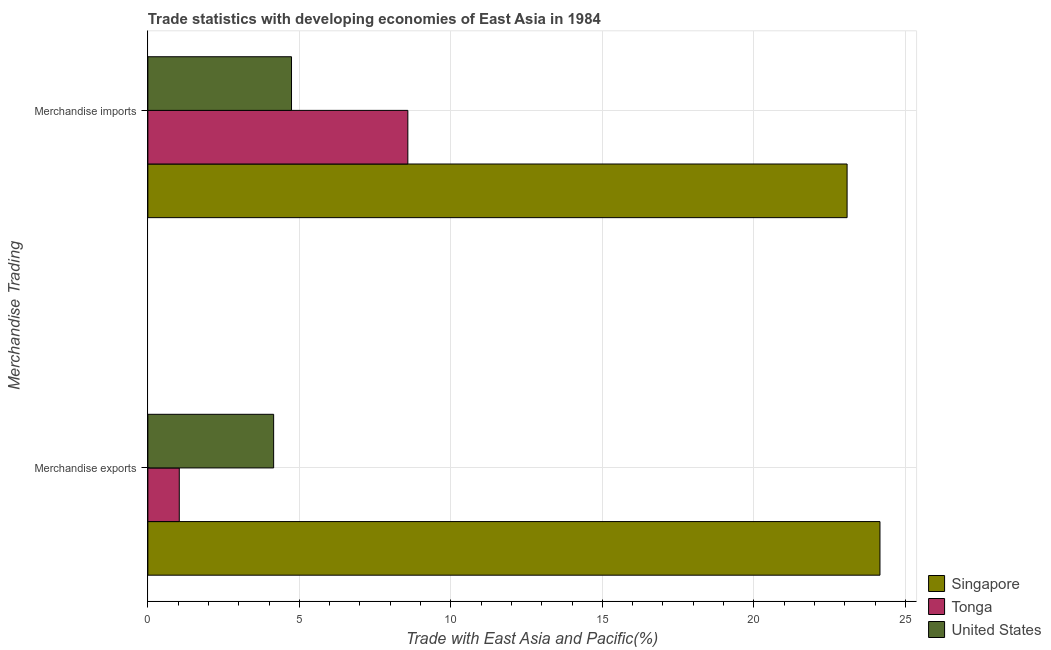
| Merchandise Trading | Singapore | Tonga | United States |
 | --- | --- | --- | --- |
 | Merchandise exports | 24.2 | 1.04 | 4.15 |
 | Merchandise imports | 23.1 | 8.58 | 4.74 |